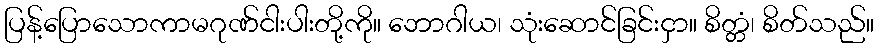
ပြန့်ပြောသောကာမဂုဏ်ငါးပါးတို့ကို။ ဘောဂါယ၊ သုံးဆောင်ခြင်းငှာ။ စိတ္တံ၊ စိတ်သည်။